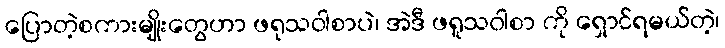
ပြောတဲ့စကားမျိုးတွေဟာ ဖရုသဝါစာပဲ၊ အဲဒီ ဖရူသဝါစာ ကို ရှောင်ရမယ်တဲ့၊